Problem: 20 ÷ 5 = ?
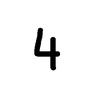
Handwritten answer: 4